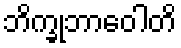
ဘိက္ခုဘာဝေါတိ